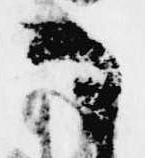
な